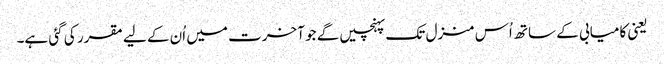
یعنی کامیابی کے ساتھ اُس منزل تک پہنچیں گے جو آخرت میں اُن کے لیے مقرر کی گئی ہے۔